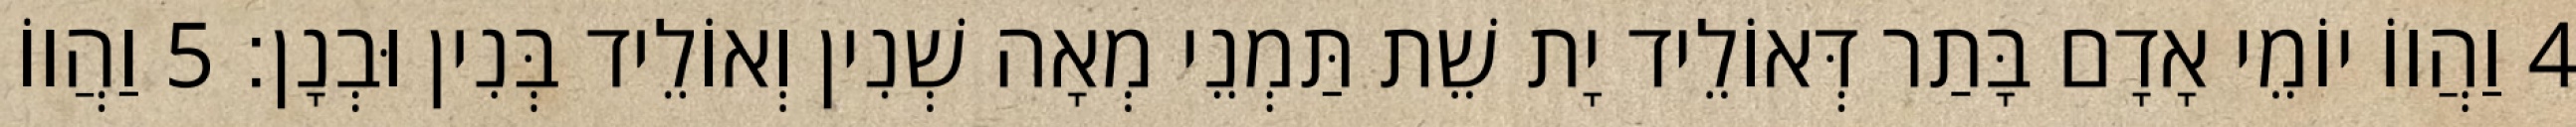
4 וַהֲווֹ יוֹמֵי אָדָם בָּתַר דְּאוֹלֵיד יָת שֵׁת תַּמְנֵי מְאָה שְׁנִין וְאוֹלֵיד בְּנִין וּבְנָן׃ 5 וַהֲווֹ